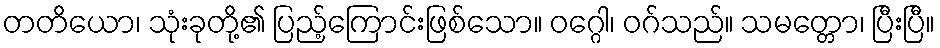
တတိယော၊ သုံးခုတို့၏ ပြည့်ကြောင်းဖြစ်သော။ ဝဂ္ဂေါ၊ ဝဂ်သည်။ သမတ္တော၊ ပြီးပြီ။